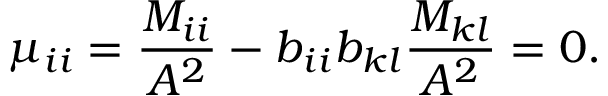
\mu _ { i i } = \frac { M _ { i i } } { A ^ { 2 } } - b _ { i i } b _ { k l } \frac { M _ { k l } } { A ^ { 2 } } = 0 .